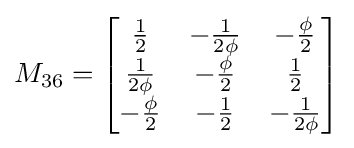
M_{36}={\begin{bmatrix}{\frac {1}{2}}&-{\frac {1}{2\phi }}&-{\frac {\phi }{2}}\\{\frac {1}{2\phi }}&-{\frac {\phi }{2}}&{\frac {1}{2}}\\-{\frac {\phi }{2}}&-{\frac {1}{2}}&-{\frac {1}{2\phi }}\end{bmatrix}}